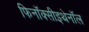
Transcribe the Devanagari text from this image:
फिनॉक्सीइथेनॉल